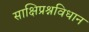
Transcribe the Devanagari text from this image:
साक्षिप्रश्नविधान